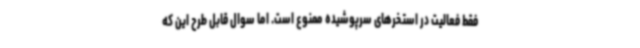
فقط فعالیت در استخرهای سرپوشیده ممنوع است. اما سوال قابل طرح این که